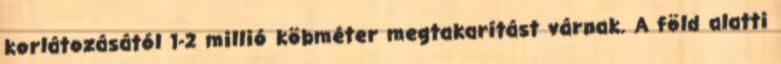
korlátozásától 1-2 millió köbméter megtakarítást várnak. A föld alatti